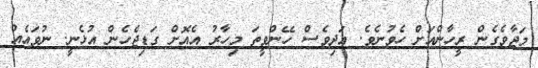
މަޖާވެގެން ރީހާންއަށް ހެވުނެވެ. އަދިވެސް ހޭންވީތަ މިހާރު އެއޮށް ގަޑިޖެހެން އުޅެނީ. ނުވައެއް